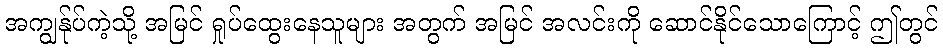
အကျွန်ုပ်ကဲ့သို့ အမြင် ရှုပ်ထွေးနေသူများ အတွက် အမြင် အလင်းကို ဆောင်နိုင်သောကြောင့် ဤတွင်